Sanitation, dispensaries and jails vaccination Rajputana 1922-1927 - 1922-1927
Year: 1922
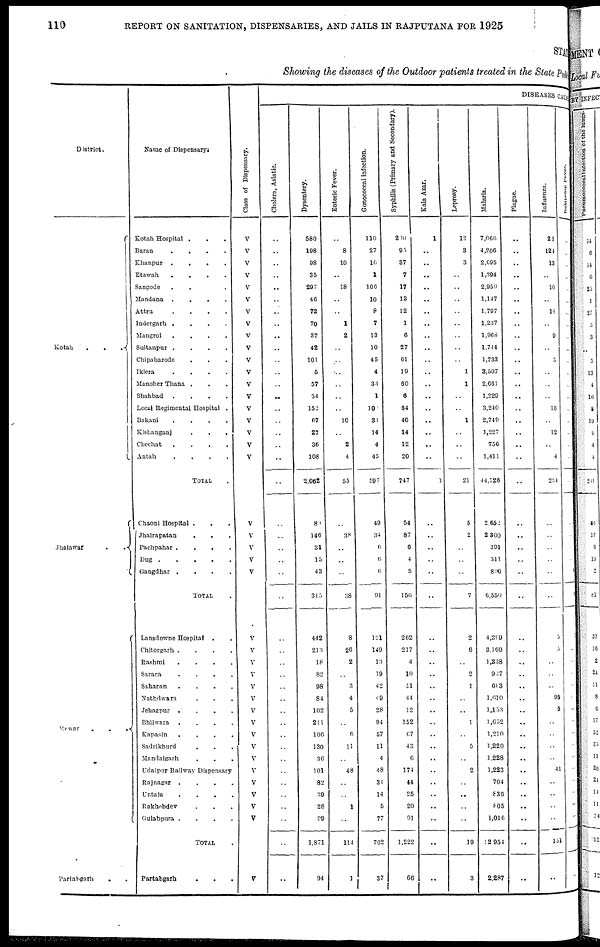
110
REPORT ON SANITATION, DISPENSARIES, AND JAILS IN RAJPUTANA FOR 1925
STATE
Showing the diseases of the Outdoor patients treated in the State Public
District.
Kotah.
.
.
Jhalawar
.
.
Mewar
.
.
.
Partabgarh . .
Name of Dispensary.
Kotah Hospital . . .
Baran
.
.
.
.
Khanpur
.
.
.
.
Etawah
.
.
.
.
Sangode . . .
Mandana
.
.
.
.
Attru
.
.
.
.
Indergarh .
.
.
.
Mangrol
.
.
.
.
Sultanpur .
.
.
.
Chipabarode . . .
Iklera
.
.
.
.
Manoher Thana . . .
Shahbad
.
.
.
.
Local Regimental Hospital .
Bakani
.
.
.
.
Kishanganj . . .
Chechat
.
.
.
.
Antah
.
.
.
.
TOTAL .
Chaoni Hospital . . .
Jhalrapatan . . .
Pachpahar .
.
.
.
Dug
Gangdhar .
.
.
.
TOTAL .
Lansdowne Hospital . .
Chitorgarh .
.
.
.
Rashmi
. . . .
Sarara . . . .
Saharan. . . .
Nathdwara . . .
Jehazpur. . . .
Bhilwara. . . .
Kapasin . . . .
Sadrikhurd . . .
Mandalgarh. . . .
Udaipur Railway Dispensary
Rajnagar . . . .
Untala.
.
.
.
Rakhebdev . . .
Gulabpura . . . .
TOTAL .
Partabgarh
.
. .
Class of Dispensary.
V
V
V
V
V
V
V
V
V
V
V
V
V
V
V
V
V
V
V
V
V
V
V
V
V
V
V
V
V
V
V
V
V
V
V
V
V
V
V
V
V
DISEASES CAUSE
Cholera, Asiatic.
..
..
..
..
..
..
..
..
..
..
..
..
..
..
..
..
..
..
..
..
..
..
..
..
..
..
..
..
..
..
..
..
..
..
..
..
..
..
..
..
..
..
..
..
Dysentery.
580
198
98
35
297
46
72
70
37
42
101
5
57
34
152
67
27
36
108
2,062
89
146
31
15
43
315
442
213
18
82
98
84
102
211
106
130
36
101
82
39
28
99
1,871
94
Enteric Fever.
..
8
10
..
18
..
..
1
2
..
..
..
..
..
..
10
..
2
4
55
..
38
..
..
..
38
8
26
2
..
3
4
5
..
6
11
..
48
..
..
1
..
114
1
Gonococcal infection.
110
27
16
1
106
10
8
7
13
10
45
4
33
1
100
31
14
4
45
597
49
34
6
6
6
91
121
149
13
19
42
49
28
94
57
11
4
48
31
14
5
77
762
37
Syphilis (Primary and Secondary).
230
95
37
7
17
13
12
1
6
27
61
19
60
6
64
46
14
12
20
747
54
87
6
4
5
156
262
217
4
10
51
44
12
152
67
43
6
174
44
25
20
91
1,222
66
Kala Azar.
1
..
..
..
..
..
..
..
..
..
..
..
..
..
..
..
..
..
..
1
..
..
..
..
..
..
..
..
..
..
..
..
..
..
..
..
..
..
..
..
..
..
..
..
Leprosy.
12
3
3
..
..
..
..
..
..
..
..
1
1
..
..
1
..
..
..
21
5
2
..
..
..
7
2
6
..
2
1
..
..
1
..
5
..
2
..
..
..
..
19
3
Malaria.
7,066
4,206
2,695
1,394
2,959
1,147
1,797
1,237
1,968
1,744
1,733
3,507
2,661
1,229
3,240
2,749
1,227
756
1,411
44,726
2,652
2,300
391
311
896
6,550
4,299
3,160
1,238
937
603
1,610
1,153
1,652
1,210
1,220
1,228
1,223
704
836
805
1,016
22,954
2,287
Plague.
..
..
..
..
..
..
..
..
..
..
..
..
..
..
..
..
..
..
..
..
..
..
..
..
..
..
..
..
..
..
..
..
..
..
..
..
..
..
..
..
..
..
..
..
Influenza.
23
124
13
..
10
..
18
..
9
..
5
..
..
..
16
..
12
..
4
234
..
..
..
..
..
..
5
5
..
..
..
95
5
..
..
..
..
41
..
..
..
..
151
..
Relapsing
Fever.
..
..
..
..
..
..
..
..
..
..
..
..
..
..
..
..
..
..
..
..
..
..
..
..
1
1
..
..
..
..
..
..
..
..
..
..
..
..
..
..
..
..
1
..